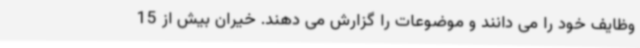
وظایف خود را می دانند و موضوعات را گزارش می دهند. خیران بیش از 15